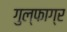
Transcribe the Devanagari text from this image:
गुल्फाग्र